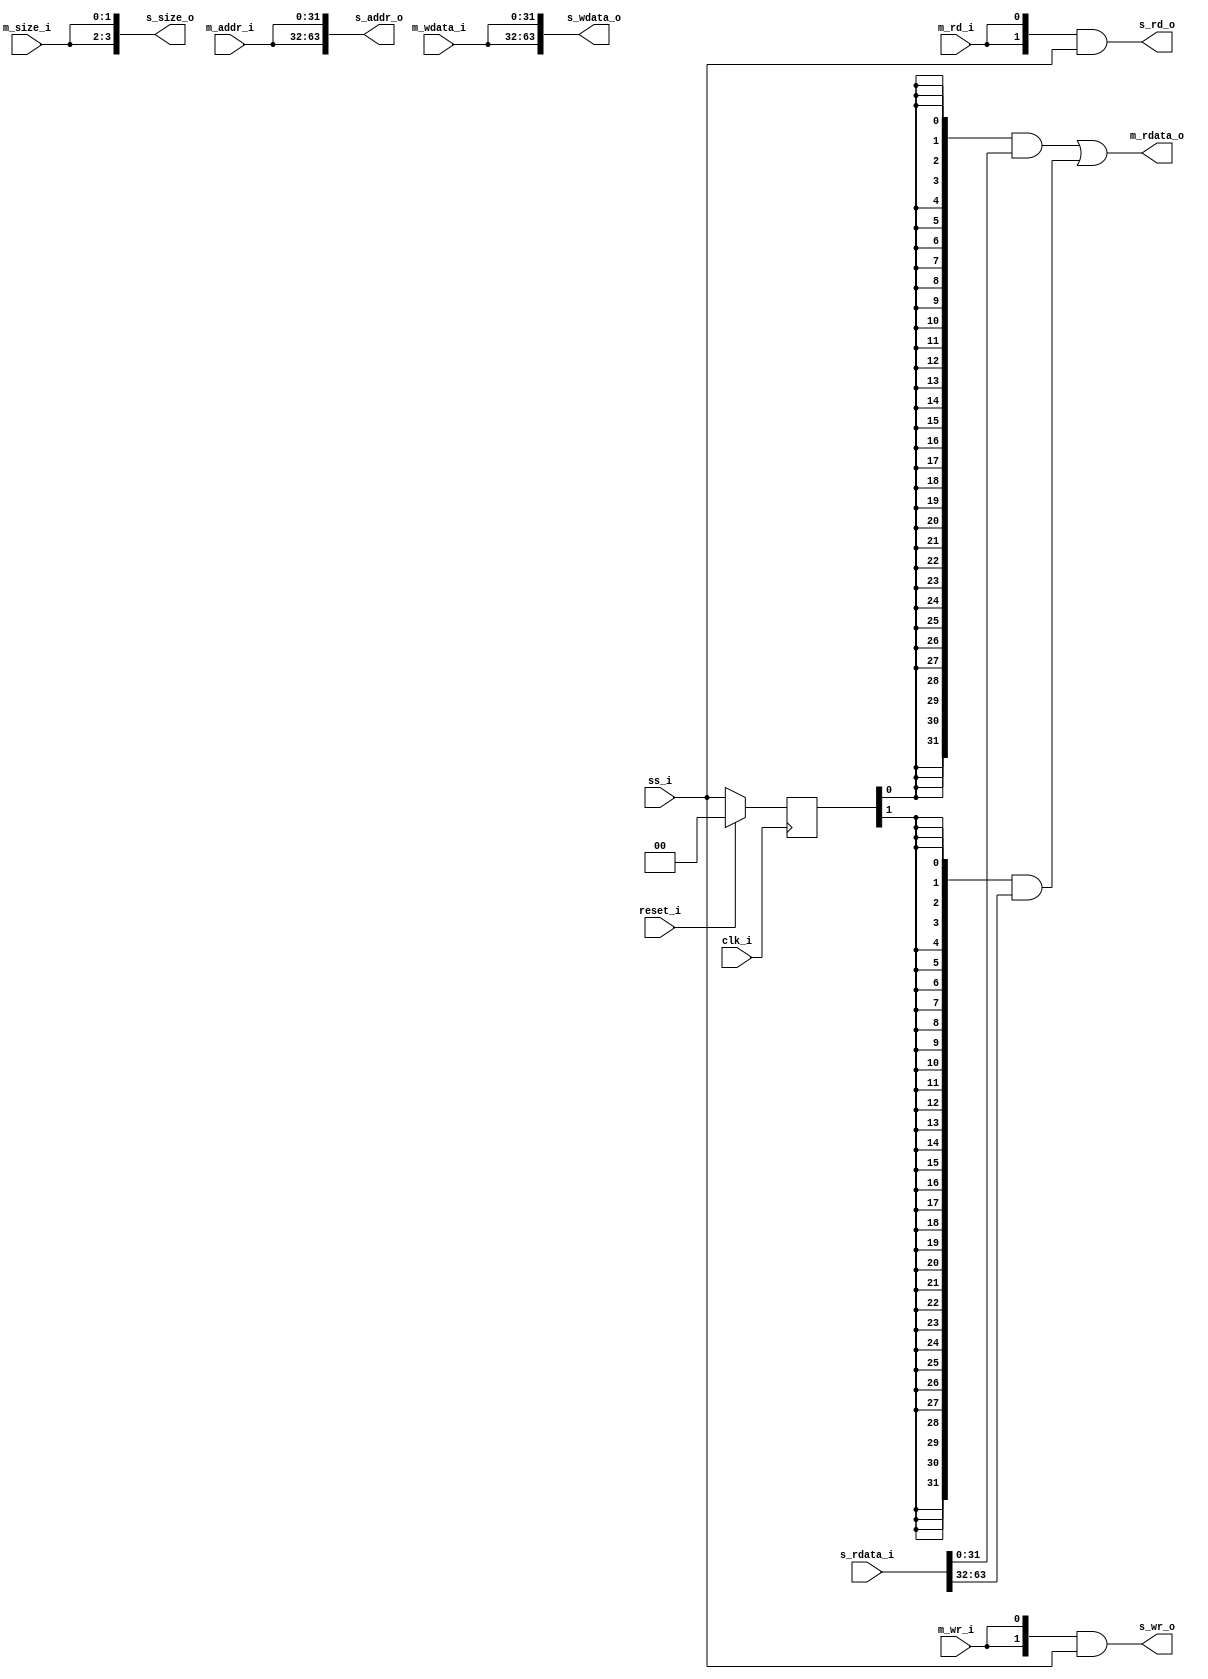
module bus_mux #(
  parameter     N = 2
)(
  input         clk_i,
  input         reset_i,

  input [N-1:0] ss_i,

  input  [31:0] m_addr_i,
  input  [31:0] m_wdata_i,
  output [31:0] m_rdata_o,
  input   [1:0] m_size_i,
  input         m_rd_i,
  input         m_wr_i,

  output [32*N-1:0] s_addr_o,
  output [32*N-1:0] s_wdata_o,
  input  [32*N-1:0] s_rdata_i,
  output  [2*N-1:0] s_size_o,
  output    [N-1:0] s_rd_o,
  output    [N-1:0] s_wr_o
);

//-----------------------------------------------------------------------------
assign s_addr_o  = {N{m_addr_i}};
assign s_wdata_o = {N{m_wdata_i}};
assign s_size_o  = {N{m_size_i}};
assign s_rd_o    = {N{m_rd_i}} & ss_i;
assign s_wr_o    = {N{m_wr_i}} & ss_i;

genvar i;
wire [31:0] rdata_w [N-1:0];
generate for (i = 0; i < N; i = i + 1) begin: rdata_mux
  wire [31:0] part_w = {32{ss_r[i]}} & s_rdata_i[32*i+:32];
  assign rdata_w[i] = (0 == i) ? part_w : rdata_w[i-1] | part_w;
end
endgenerate

assign m_rdata_o = rdata_w[N - 1];

//-----------------------------------------------------------------------------
reg [N-1:0] ss_r;

always @(posedge clk_i) begin
  if (reset_i)
    ss_r <= 'h0;
  else
    ss_r <= ss_i;
end

endmodule